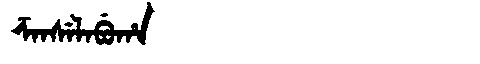
Manchu: ᡯᠠᠨᠰᡝᠯᠠᠪᡠᡥᠠ
Romanization: DZANSELABUHA